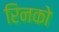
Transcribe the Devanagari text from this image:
रिनको